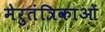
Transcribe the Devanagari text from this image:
मेरुतंत्रिकाओं